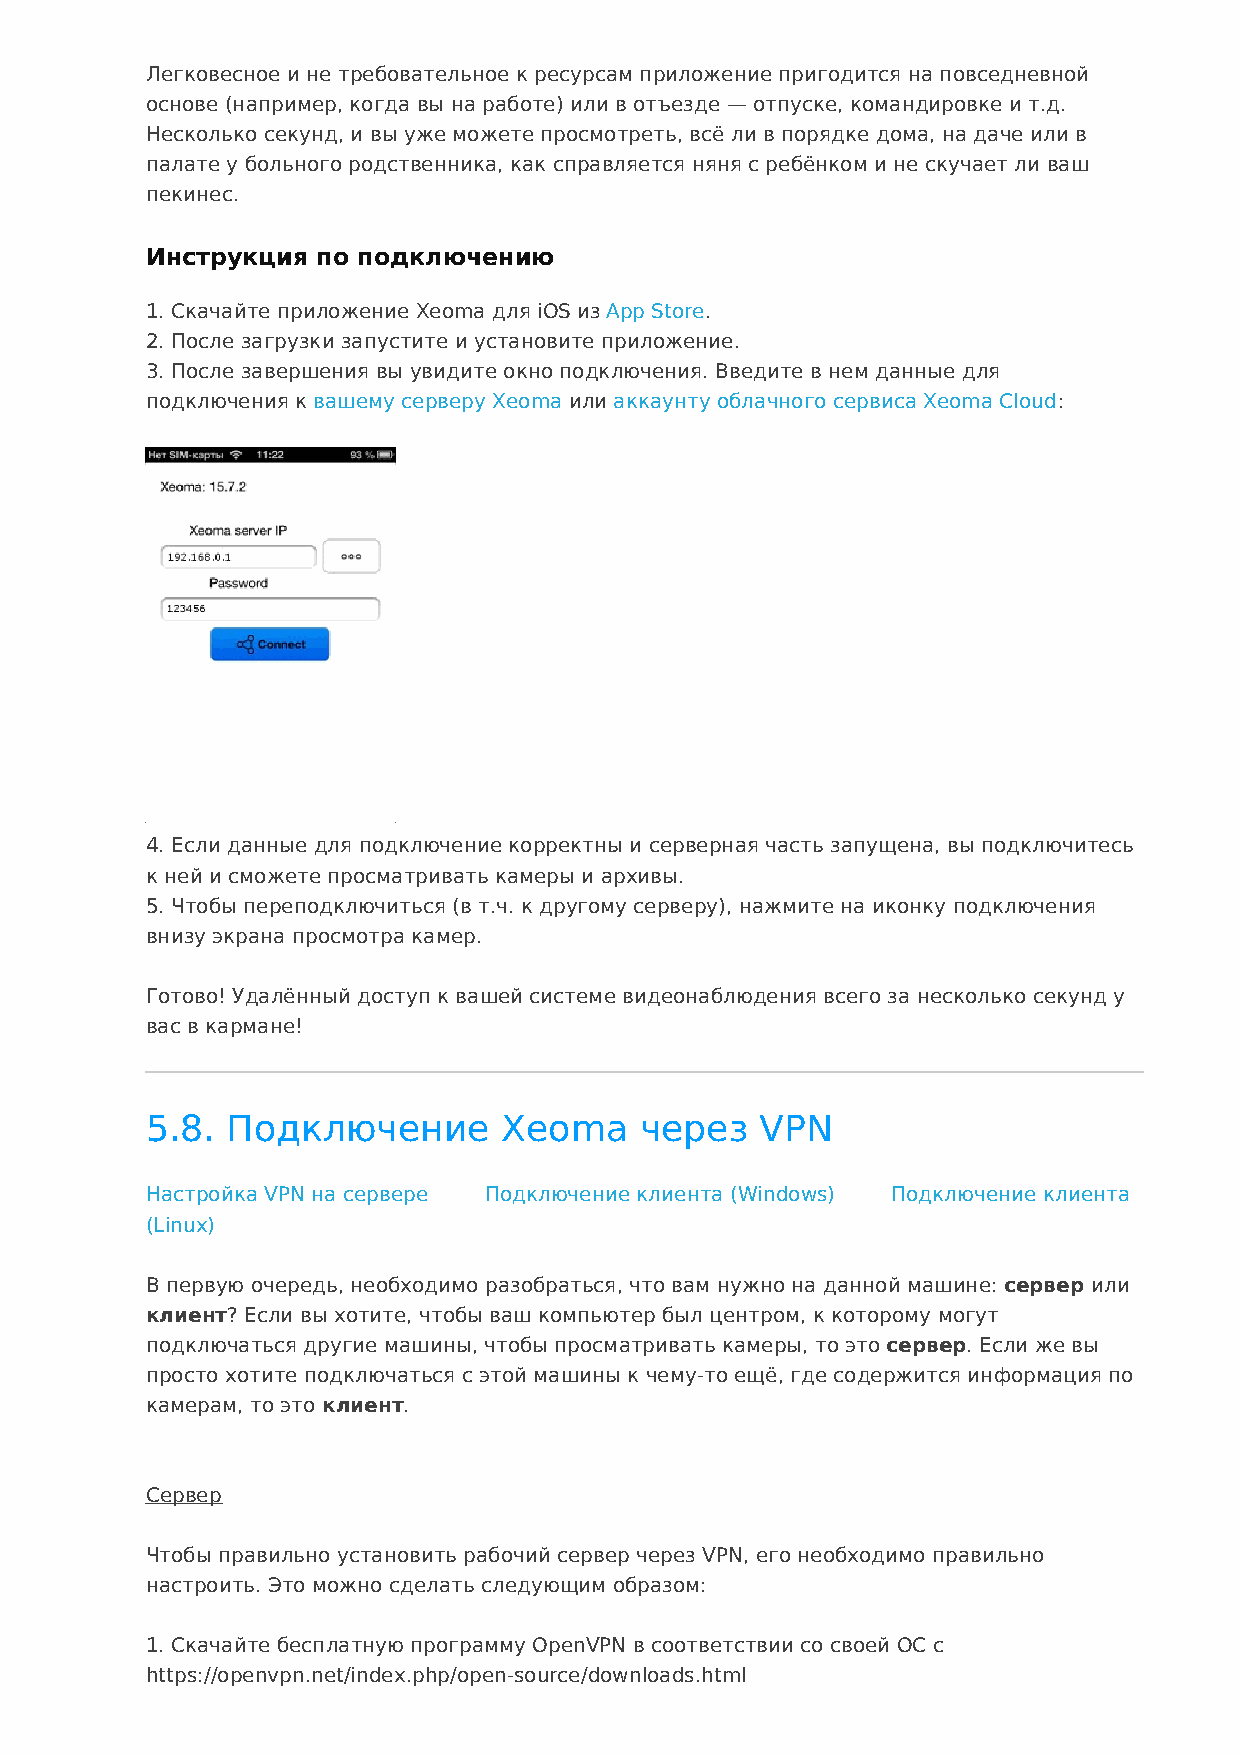
Легковесное и не требовательное к ресурсам приложение пригодится на повседневной
 основе (например, когда вы на работе) или в отъезде — отпуске, командировке и т.д.
 Несколько секунд, и вы уже можете просмотреть, всё ли в порядке дома, на даче или в
 палате у больного родственника, как справляется няня с ребёнком и не скучает ли ваш
 пекинес.
 Инструкция по подключению
 1. Скачайте приложение Xeoma для iOS из App Store.
 2. После загрузки запустите и установите приложение.
 3. После завершения вы увидите окно подключения. Введите в нем данные для
 подключения к вашему серверу Xeoma или аккаунту облачного сервиса Xeoma Cloud:
 4. Если данные для подключение корректны и серверная часть запущена, вы подключитесь
 к ней и сможете просматривать камеры и архивы.
 5. Чтобы переподключиться (в т.ч. к другому серверу), нажмите на иконку подключения
 внизу экрана просмотра камер.
 Готово! Удалённый доступ к вашей системе видеонаблюдения всего за несколько секунд у
 вас в кармане!
 5.8. Подключение       Xeoma    через   VPN
 Настройка VPN на сервере Подключение клиента (Windows) Подключение клиента
 (Linux)
 В первую очередь, необходимо разобраться, что вам нужно на данной машине: сервер или
 клиент? Если вы хотите, чтобы ваш компьютер был центром, к которому могут
 подключаться другие машины, чтобы просматривать камеры, то это сервер. Если же вы
 просто хотите подключаться с этой машины к чему-то ещё, где содержится информация по
 камерам, то это клиент.
 Сервер
 Чтобы правильно установить рабочий сервер через VPN, его необходимо правильно
 настроить. Это можно сделать следующим образом:
 1. Скачайте бесплатную программу OpenVPN в соответствии со своей ОС с
 https://openvpn.net/index.php/open-source/downloads.html